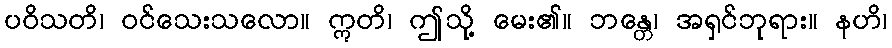
ပဝိသတိ၊ ဝင်သေးသလော။ ဣတိ၊ ဤသို့ မေး၏။ ဘန္တေ၊ အရှင်ဘုရား။ နဟိ၊